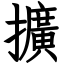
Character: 擴